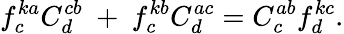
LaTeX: f_{c}^{ka}C_{d}^{cb}~+~f_{c}^{kb}C_{d}^{ac}=C_{c}^{ab}f_{d}^{kc}.